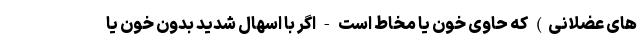
های عضلانی) که حاوی خون یا مخاط است - اگر با اسهال شدید بدون خون یا